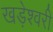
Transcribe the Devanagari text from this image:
खड़ेश्वरी